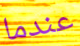
عندما